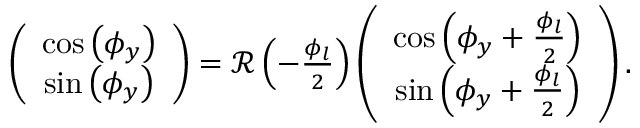
\begin{array} { r } { \left( \begin{array} { c } { \cos \left( \phi _ { y } \right) } \\ { \sin \left( \phi _ { y } \right) } \end{array} \right) = { \mathcal R } \left( - \frac { \phi _ { l } } { 2 } \right) \left( \begin{array} { c } { \cos \left( \phi _ { y } + \frac { \phi _ { l } } { 2 } \right) } \\ { \sin \left( \phi _ { y } + \frac { \phi _ { l } } { 2 } \right) } \end{array} \right) . } \end{array}